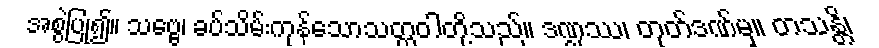
အစွဲပြု၍။ သဗ္ဗေ၊ ခပ်သိမ်းကုန်သောသတ္တဝါတို့သည်။ ဒဏ္ဍဿ၊ တုတ်ဒဏ်မှ။ တသန္တိ၊